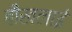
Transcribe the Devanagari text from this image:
बौखलाई